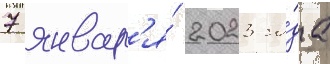
7 январ'я́ 2023 го́да